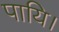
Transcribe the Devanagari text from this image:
पायि।